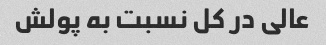
عالی در کل نسبت به پولش